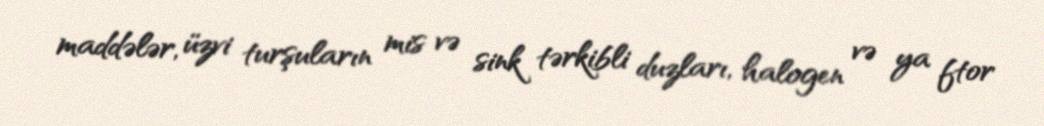
maddələr, üzvi turşuların mis və sink tərkibli duzları, halogen və ya ftor